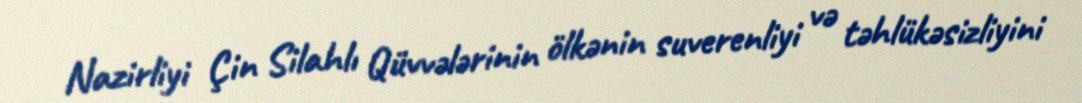
Nazirliyi Çin Silahlı Qüvvələrinin ölkənin suverenliyi və təhlükəsizliyini